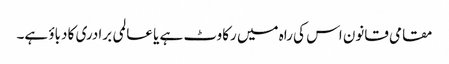
مقامی قانون اس کی راہ میں رکاوٹ ہے یا عالمی برادری کا دباؤ ہے۔